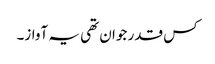
کس قدر جوان تھی یہ آواز۔